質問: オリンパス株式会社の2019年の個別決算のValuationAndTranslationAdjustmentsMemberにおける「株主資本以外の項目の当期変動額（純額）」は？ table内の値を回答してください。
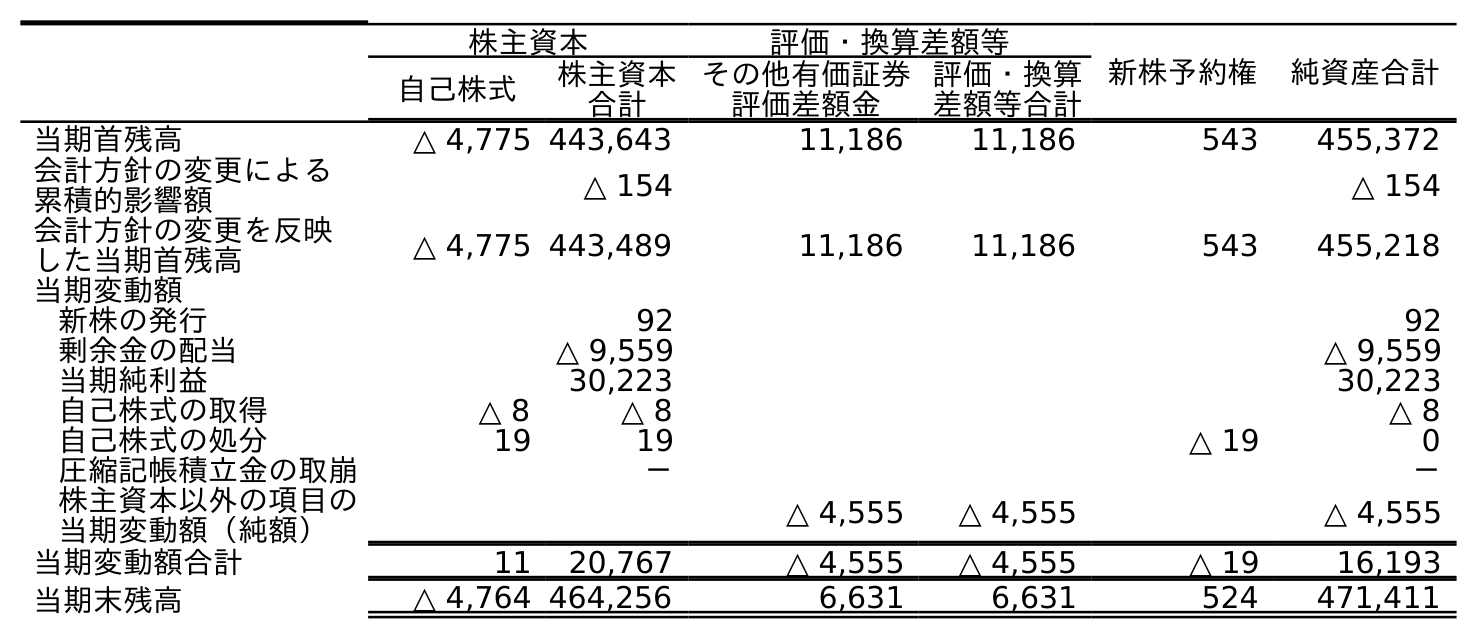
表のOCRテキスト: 株主資本 評価・換算差額等 新株予約権 純資産合計 自己株式 株主資本 合計 その他有価証券 評価差額金 評価・換算 差額等合計 当期首残高 △ 4,775 443,643 11,186 11,186 543 455,372 会計方針の変更による 累積的影響額 △ 154 △ 154 会計方針の変更を反映 した当期首残高 △ 4,775 443,489 11,186 11,186 543 455,218 当期変動額 新株の発行 92 92 剰余金の配当 △ 9,559 △ 9,559 当期純利益 30,223 30,223 自己株式の取得 △ 8 △ 8 △ 8 自己株式の処分 19 19 △ 19 0 圧縮記帳積立金の取崩 － － 株主資本以外の項目の 当期変動額（純額） △ 4,555 △ 4,555 △ 4,555 当期変動額合計 11 20,767 △ 4,555 △ 4,555 △ 19 16,193 当期末残高 △ 4,764 464,256 6,631 6,631 524 471,411
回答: △4,555